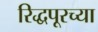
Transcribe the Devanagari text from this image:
रिद्धपूरच्या